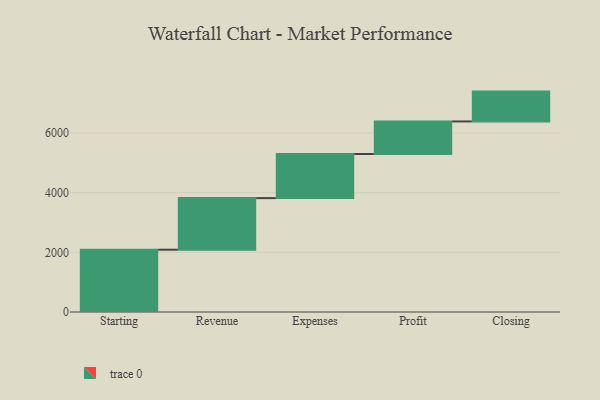
{"axis": {"x": "Step", "y": "Value"}, "legend": [""], "data": [{"x": "Starting", "y": 2088.0, "type": ""}, {"x": "Revenue", "y": 1729.0, "type": ""}, {"x": "Expenses", "y": 1478.0, "type": ""}, {"x": "Profit", "y": 1092.0, "type": ""}, {"x": "Closing", "y": 1000, "type": ""}]}